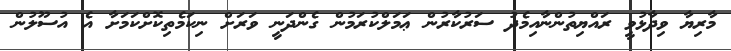
މާރިޔާ ވިދާޅުވީ ރައްޔިތުންނާއިމެދު ސަރުކާރުން ޢަަމަލްކުރަމުން ގެންދަނީ ވަރަށް ނިކަމެތިކޮށްކަމަށާ އެ އުސޫލުން